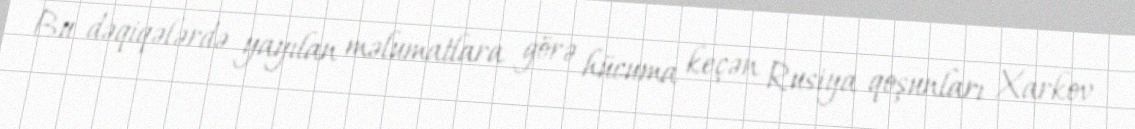
Bu dəqiqələrdə yayılan məlumatlara görə hücuma keçən Rusiya qoşunları Xarkov